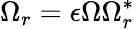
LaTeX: \Omega_{r}=\epsilon\Omega\Omega_{r}^{*}